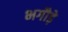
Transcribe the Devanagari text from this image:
भगौड़े